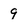
Character: 9